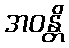
အဝန္တိ